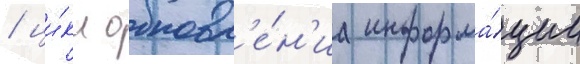
/ ци́кл обновл'е́н'иа информа́ции